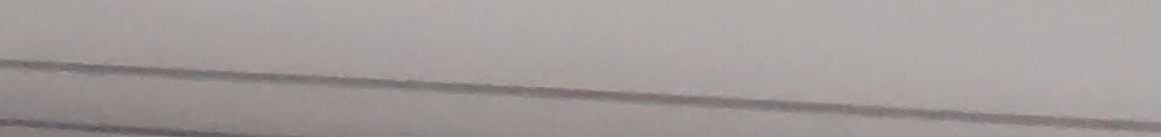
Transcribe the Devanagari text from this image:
लेखि